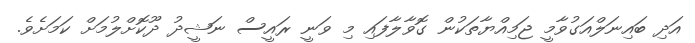
އަދި ބައިނަލްއަގުވާމީ ޖަމިއްޔާތަކުން ގޮވާލާފައި މި ވަނީ ރައީސް ނަޝީދު ދޫކޮށްލުމަށް ކަމަށެވެ.